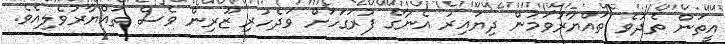
އީތަން ތެދުވެ ތައްޔާރުވަމުން ދިޔައިރު އެނާގެ ފުރަގަހަށް ވަދެހުރި ޒޫރިން ވެސް ތައްޔާރުވެލިއެވެ.